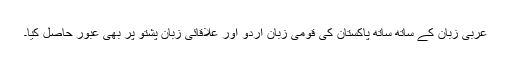
عربی زبان کے ساتھ ساتھ پاکستان کی قومی زبان اردو اور علاقائی زبان پشتو پر بھی عبور حاصل کیا۔